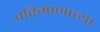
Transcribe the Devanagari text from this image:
परिमाणाच्या